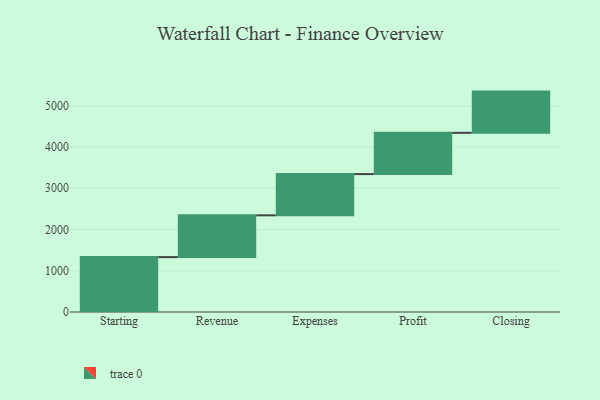
{"axis": {"x": "Step", "y": "Value"}, "legend": [""], "data": [{"x": "Starting", "y": 1331.0, "type": ""}, {"x": "Revenue", "y": 1013.0, "type": ""}, {"x": "Expenses", "y": 1000, "type": ""}, {"x": "Profit", "y": 1000, "type": ""}, {"x": "Closing", "y": 1000, "type": ""}]}